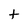
Character: t